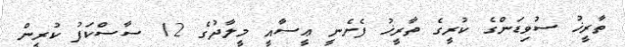
ތާރީޚު ސުވިޑަންގެ ކުރީގެ ތާރީޚު ފެށެނީ ޢީސާއީ މީލާދުގެ 12 ސާސްކަފު ކުރީން